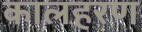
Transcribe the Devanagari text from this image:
कालहरण